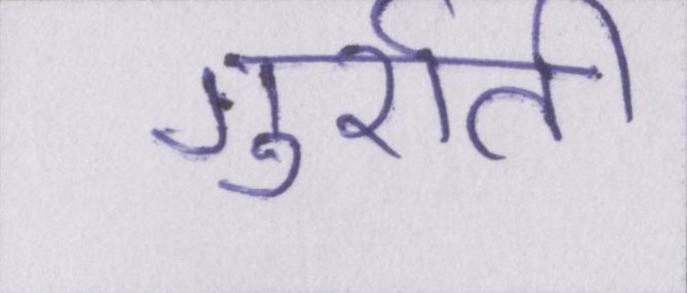
गुर्राती